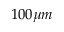
1 0 0 \mu m